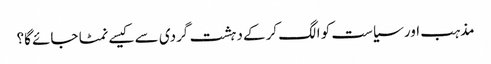
مذہب اور سیاست کو الگ کرکے دہشت گردی سے کیسے نمٹا جائے گا؟